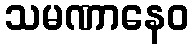
သမဏာနေဝ